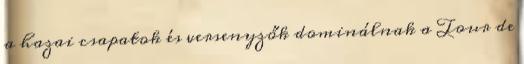
a hazai csapatok és versenyzők dominálnak a Tour de